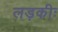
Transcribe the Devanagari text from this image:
लड़कीः